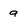
Character: g